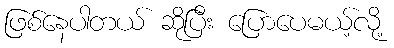
ဖြစ်နေပါတယ် ဆိုပြီး ပြောပေမယ့်လို့